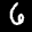
Label: 6